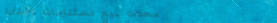
محلات بيع مستلزمات الأطفا